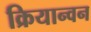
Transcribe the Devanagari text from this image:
क्रियान्‍वन